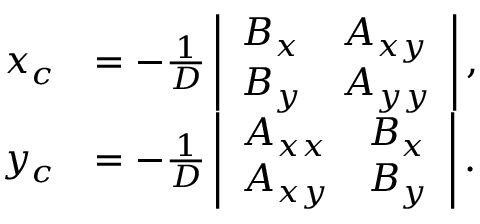
{ \begin{array} { r l } { x _ { c } } & { = - { \frac { 1 } { D } } \, { \left| \begin{array} { l l } { B _ { x } } & { A _ { x y } } \\ { B _ { y } } & { A _ { y y } } \end{array} \right| } \, , } \\ { y _ { c } } & { = - { \frac { 1 } { D } } \, { \left| \begin{array} { l l } { A _ { x x } } & { B _ { x } } \\ { A _ { x y } } & { B _ { y } } \end{array} \right| } \, . } \end{array} }